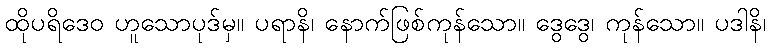
ထိုပရိဒေဝ ဟူသောပုဒ်မှ။ ပရာနိ၊ နောက်ဖြစ်ကုန်သော။ ဒွေဒွေ၊ ကုန်သော။ ပဒါနိ၊